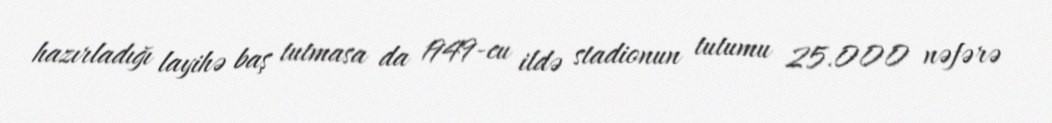
hazırladığı layihə baş tutmasa da 1949-cu ildə stadionun tutumu 25.000 nəfərə